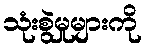
သုံးစွဲမှုများကို